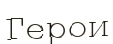
Герои